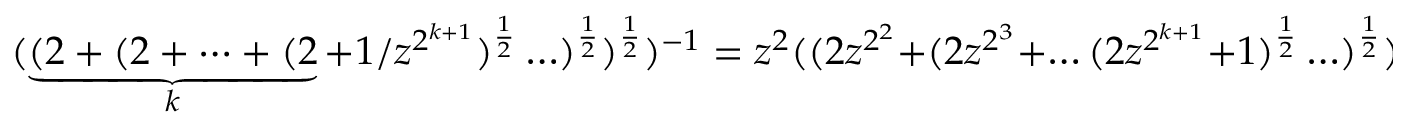
( \underbrace { ( 2 + ( 2 + \dots + ( 2 } _ { k } + 1 / z ^ { 2 ^ { k + 1 } } ) ^ { \frac { 1 } { 2 } } \ldots ) ^ { \frac { 1 } { 2 } } ) ^ { \frac { 1 } { 2 } } ) ^ { - 1 } = z ^ { 2 } ( ( 2 z ^ { 2 ^ { 2 } } + ( 2 z ^ { 2 ^ { 3 } } + \ldots ( 2 z ^ { 2 ^ { k + 1 } } + 1 ) ^ { \frac { 1 } { 2 } } \ldots ) ^ { \frac { 1 } { 2 } } ) ^ { \frac { 1 } { 2 } } ) ^ { - 1 } .